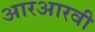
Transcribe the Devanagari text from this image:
आरआरवी